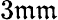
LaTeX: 3\mathfrak{m}\mathfrak{m}